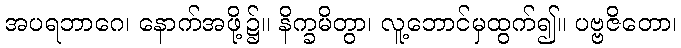
အပရဘာဂေ၊ နောက်အဖို့၌။ နိက္ခမိတွာ၊ လူ့ဘောင်မှထွက်၍။ ပဗ္ဗဇိတော၊